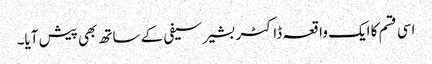
اسی قسم کا ایک واقعہ ڈاکٹر بشیر سیفی کے ساتھ بھی پیش آیا۔